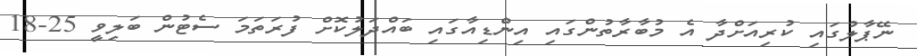
ނޭޕާލުގައި ކުރިއަށްދާ އެ މުބާރާތުންގައި އިންޑިއާގައި ބައްދަލުކޮށް ފުރަތަމަ ސެޓުން ބަލިވީ 25-18